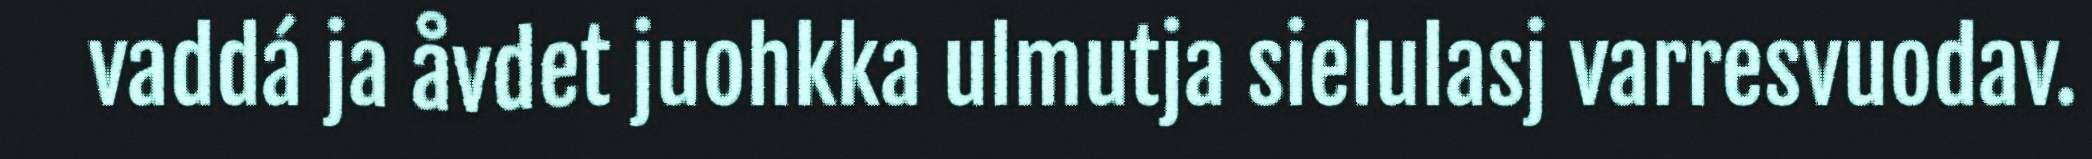
vaddá ja åvdet juohkka ulmutja sielulasj varresvuodav.